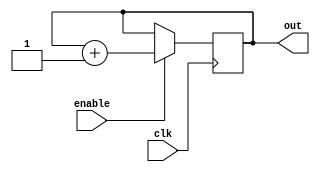
module RingCounter_with_Enable (
    input wire clk,
    input wire enable,
    output wire [3:0] out
);

reg [3:0] counter;

always @(posedge clk) begin
    if(enable) begin
        counter <= counter + 1;
    end
end

assign out = counter;

endmodule